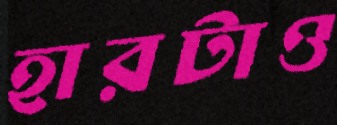
হারটাও